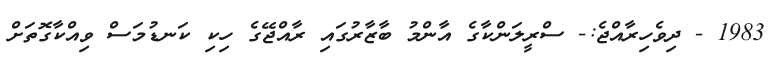
1983 - ދިވެހިރާއްޖެ:- ސްރީލަންކާގެ އާންމު ބާޒާރުގައި ރާއްޖޭގެ ހިކި ކަނޑުމަސް ވިއްކާގޮތަށް